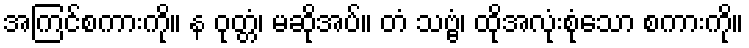
အကြင်စကားကို။ န ဝုတ္တံ၊ မဆိုအပ်။ တံ သဗ္ဗံ၊ ထိုအလုံးစုံသော စကားကို။